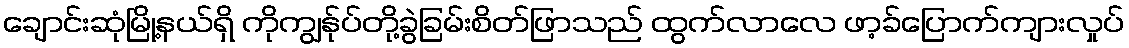
ချောင်းဆုံမြို့နယ်ရှိ ကိုကျွန်ုပ်တို့ခွဲခြမ်းစိတ်ဖြာသည် ထွက်လာလေ ဖာ့ခ်ပြောက်ကျားလှုပ်